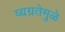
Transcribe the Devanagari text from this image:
व्यग्रतेमुळे